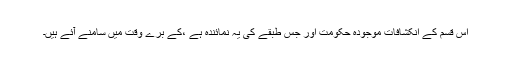
اس قسم کے انکشافات موجودہ حکومت اور جس طبقے کی یہ نمائندہ ہے ،کے برے وقت میں سامنے آئے ہیں۔